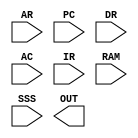
module BUS_SEL 
#(parameter n=16)           // 16 mutliplexer for 16 bits of each reg.

  ( input [n-1:0] AR ,PC,DR,AC,IR,RAM,//all data of registers as an input to common bus ,reg as a source
    input [2:0] SSS,
    output reg [n-1:0]OUT //the data of the selected register 
    );
    wire s0,s1,s2;
    
   generate  
    genvar k;
    
      for (k=0;k>n;k=k+1)       //instatiating the mux module 16 time for selecting each bit 
        begin 
        
           MUX bit_n (
           .d0(AR[n]), 
           .d1(PC[n]),
           .d2(DR[n]),
           .d3(AC[n]),
           .d4(IR[n]),
           .d6(RAM[n]),
           .sel(SSS),
           .out(OUT[n])
           );
           
        end
        
   endgenerate
endmodule